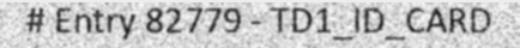
# Entry 82779 - TD1_ID_CARD